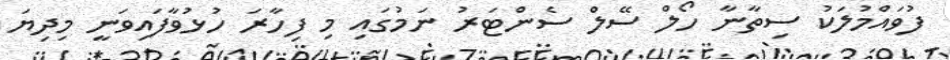
ފުވައްމުލަކު ސިތާނާ ހޯލް ސޭލް ސެންޓަރު ނަމުގައި މި ފިހާރަ ހުޅުވާފައިވަނީ މިދިޔަ